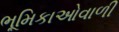
ભૂમિકાઓવાળી